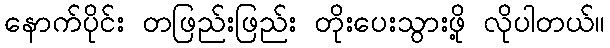
နောက်ပိုင်း တဖြည်းဖြည်း တိုးပေးသွားဖို့ လိုပါတယ်။